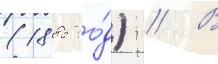
(1885 го́д) // В